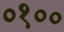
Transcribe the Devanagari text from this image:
०१००